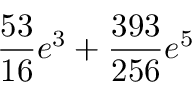
\frac { 5 3 } { 1 6 } e ^ { 3 } + \frac { 3 9 3 } { 2 5 6 } e ^ { 5 }